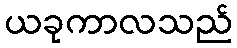
ယခုကာလသည်